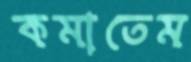
কমাতেম